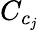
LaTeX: C_{c_{j}}